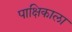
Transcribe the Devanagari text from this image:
पाक्षिकाला